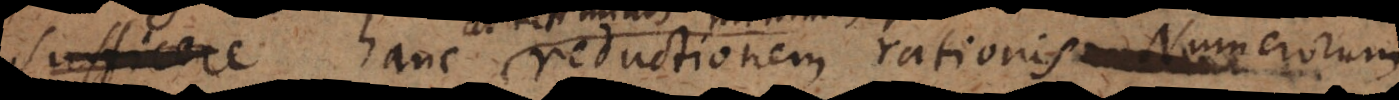
ur hanc reductionem rationis Numerorum